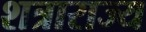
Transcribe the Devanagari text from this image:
शत्राराज्य